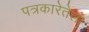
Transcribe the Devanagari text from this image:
पत्रकारेतेला